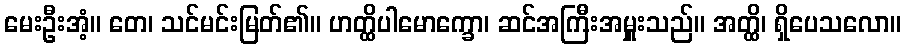
မေးဦးအံ့။ တေ၊ သင်မင်းမြတ်၏။ ဟတ္ထိပါမောက္ခော၊ ဆင်အကြီးအမှူးသည်။ အတ္ထိ၊ ရှိပေသလော။